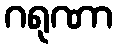
ဂရုဏာ